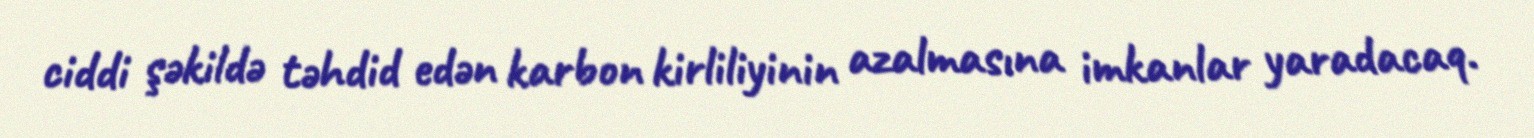
ciddi şəkildə təhdid edən karbon kirliliyinin azalmasına imkanlar yaradacaq.